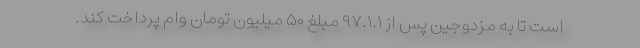
است تا به مزدوجین پس از ۹۷.۱.۱ مبلغ ۵۰ میلیون تومان وام پرداخت کند.